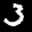
Label: 3